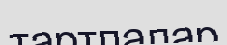
тартпалар